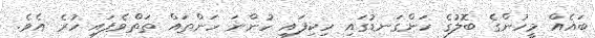
ބައެއް މީހުންގެ ބޮލުގެ ހަންގަނޑުގައި ހިކިފައި ހުންނަ ހަންތައް ތަތްވެފައި ހުރެ އެވެ.